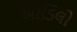
ઓડિલો